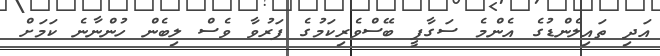
އަދި ތައިލެންޑުގެ އެންމެ ސަގާފީ ބޭސްވެރިކަމުގެ ފަރުވާ ވެސް ލިބެން ހުންނާނެ ކަމަށް